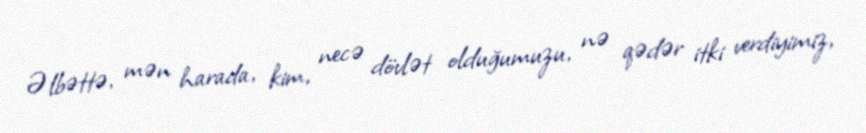
Əlbəttə, mən harada, kim, necə dövlət olduğumuzu, nə qədər itki verdiyimiz,